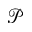
\mathcal { P }